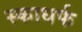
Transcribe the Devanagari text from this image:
स्काधर्फ